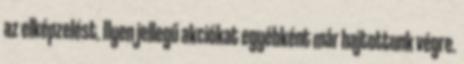
az elképzelést. Ilyen jellegű akciókat egyébként már hajtottunk végre.